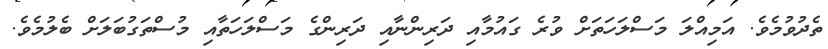
ތެދުވުމެވެ. އަމިއްލަ މަސްލަހަތަށް ވުރެ ގައުމާއި ދަރިންނާއި ދަރިންގެ މަސްލަހަތާއި މުސްތަގުބަލަށް ބެލުމެވެ.